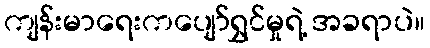
ကျန်းမာရေးကပျော်ရွှင်မှုရဲ့ အခရာပဲ။